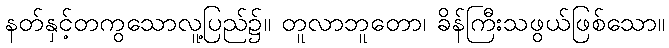
နတ်နှင့်တကွသောလူ့ပြည်၌။ တူလာဘူတော၊ ခိန်ကြီးသဖွယ်ဖြစ်သော။